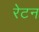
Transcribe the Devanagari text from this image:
रेटन